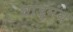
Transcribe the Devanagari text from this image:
वाड्मंय